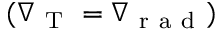
( \nabla _ { \mathrm { ~ T ~ } } = \nabla _ { \mathrm { ~ r ~ a ~ d ~ } } )